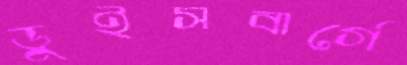
ডুইসবার্গে